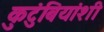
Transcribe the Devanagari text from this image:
कुटुंबियांशी